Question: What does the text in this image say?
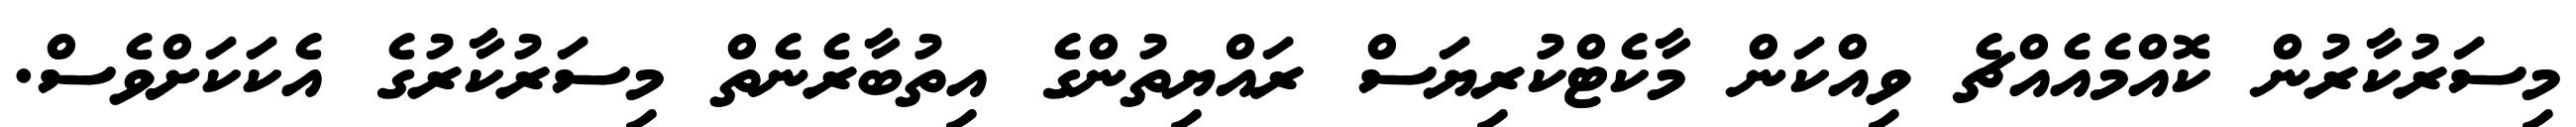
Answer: މިސަރުކާރުން ކޮއްމެއެއްޗެ ވިއްކަން މާކެޓްކުރިޔަސް ރައްޔިތުންގެ އިތުބާރެނެތް މިސަރުކާރުގެ އެކަކަށްވެސް.